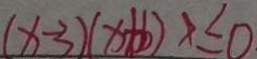
( x - 3 ) ( x + b ) x \leq 0